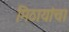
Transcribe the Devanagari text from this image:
मिठायांचा